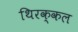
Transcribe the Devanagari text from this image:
थिरक्कल